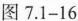
图7.1-16